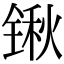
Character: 锹